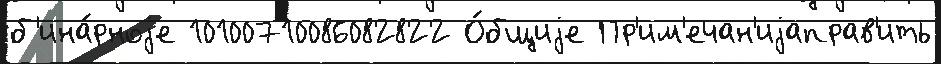
б'ина́рноjе 10100710086082822 О́бщиjе Пр'им'ечан'иjаправ'ить